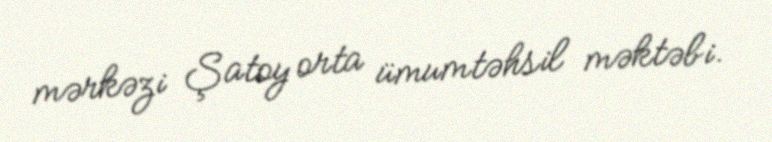
mərkəzi Şatoy orta ümumtəhsil məktəbi.